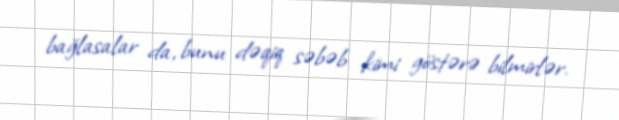
bağlasalar da, bunu dəqiq səbəb kimi göstərə bilmirlər.